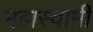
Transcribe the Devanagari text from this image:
महास्वामी